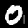
Label: 0